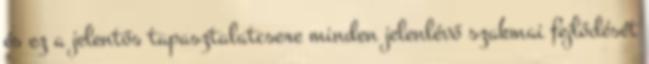
és ez a jelentős tapasztalatcsere minden jelenlévő szakmai fejlődését